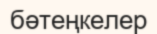
бәтеңкелер